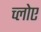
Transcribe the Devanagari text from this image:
च्लोए